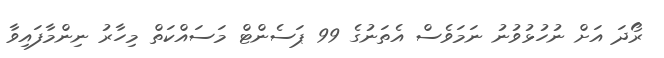
ރޯދަ އަށް ނުހުޅުވުނު ނަމަވެސް އެތަނުގެ 99 ޕަސެންޓް މަސައްކަތް މިހާރު ނިންމާފައިވާ